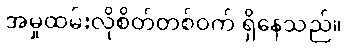
အမှုထမ်းလိုစိတ်တစ်ဝက် ရှိနေသည်။